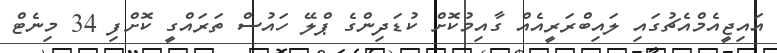
އައިޖީއެމްއެޗުގައި ލައިބްރަރީއެއް ގާއިމުކޮށް ކުޑަދިންގެ ޕްލޭ ހައުސް ތަރައްގީ ކޮށްފި 34 މިނެޓް